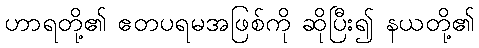
ဟာရတို့၏ ဧတပရမအဖြစ်ကို ဆိုပြီး၍ နယတို့၏